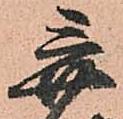
弃